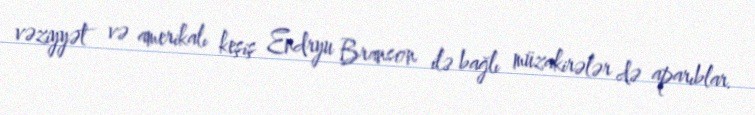
vəziyyət və amerikalı keşiş Endryu Branson ilə bağlı müzakirələr də aparıblar.